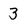
Character: 3